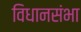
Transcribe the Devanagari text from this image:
विधानसंभा